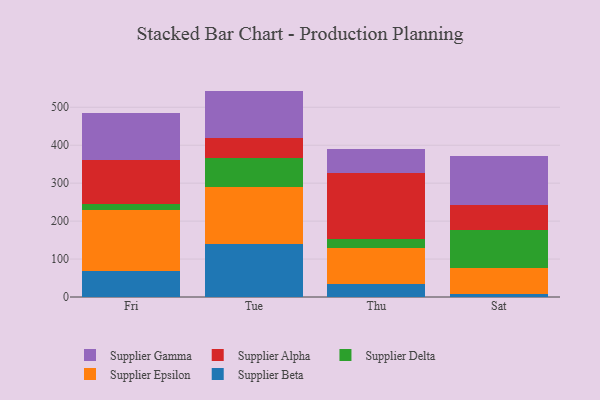
{"axis": {"x": "Day", "y": "Conversion Rate (%)"}, "legend": ["Supplier Alpha", "Supplier Beta", "Supplier Delta", "Supplier Epsilon", "Supplier Gamma"], "data": [{"x": "Fri", "y": 68.8, "type": "Supplier Beta"}, {"x": "Fri", "y": 159.8, "type": "Supplier Epsilon"}, {"x": "Fri", "y": 16.9, "type": "Supplier Delta"}, {"x": "Fri", "y": 115.3, "type": "Supplier Alpha"}, {"x": "Fri", "y": 125.2, "type": "Supplier Gamma"}, {"x": "Tue", "y": 139.6, "type": "Supplier Beta"}, {"x": "Tue", "y": 151.3, "type": "Supplier Epsilon"}, {"x": "Tue", "y": 76.1, "type": "Supplier Delta"}, {"x": "Tue", "y": 53.0, "type": "Supplier Alpha"}, {"x": "Tue", "y": 123.3, "type": "Supplier Gamma"}, {"x": "Thu", "y": 35.4, "type": "Supplier Beta"}, {"x": "Thu", "y": 93.7, "type": "Supplier Epsilon"}, {"x": "Thu", "y": 24.4, "type": "Supplier Delta"}, {"x": "Thu", "y": 172.7, "type": "Supplier Alpha"}, {"x": "Thu", "y": 65.0, "type": "Supplier Gamma"}, {"x": "Sat", "y": 7.4, "type": "Supplier Beta"}, {"x": "Sat", "y": 69.8, "type": "Supplier Epsilon"}, {"x": "Sat", "y": 98.7, "type": "Supplier Delta"}, {"x": "Sat", "y": 67.5, "type": "Supplier Alpha"}, {"x": "Sat", "y": 128.8, "type": "Supplier Gamma"}]}